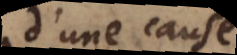
d’une cause